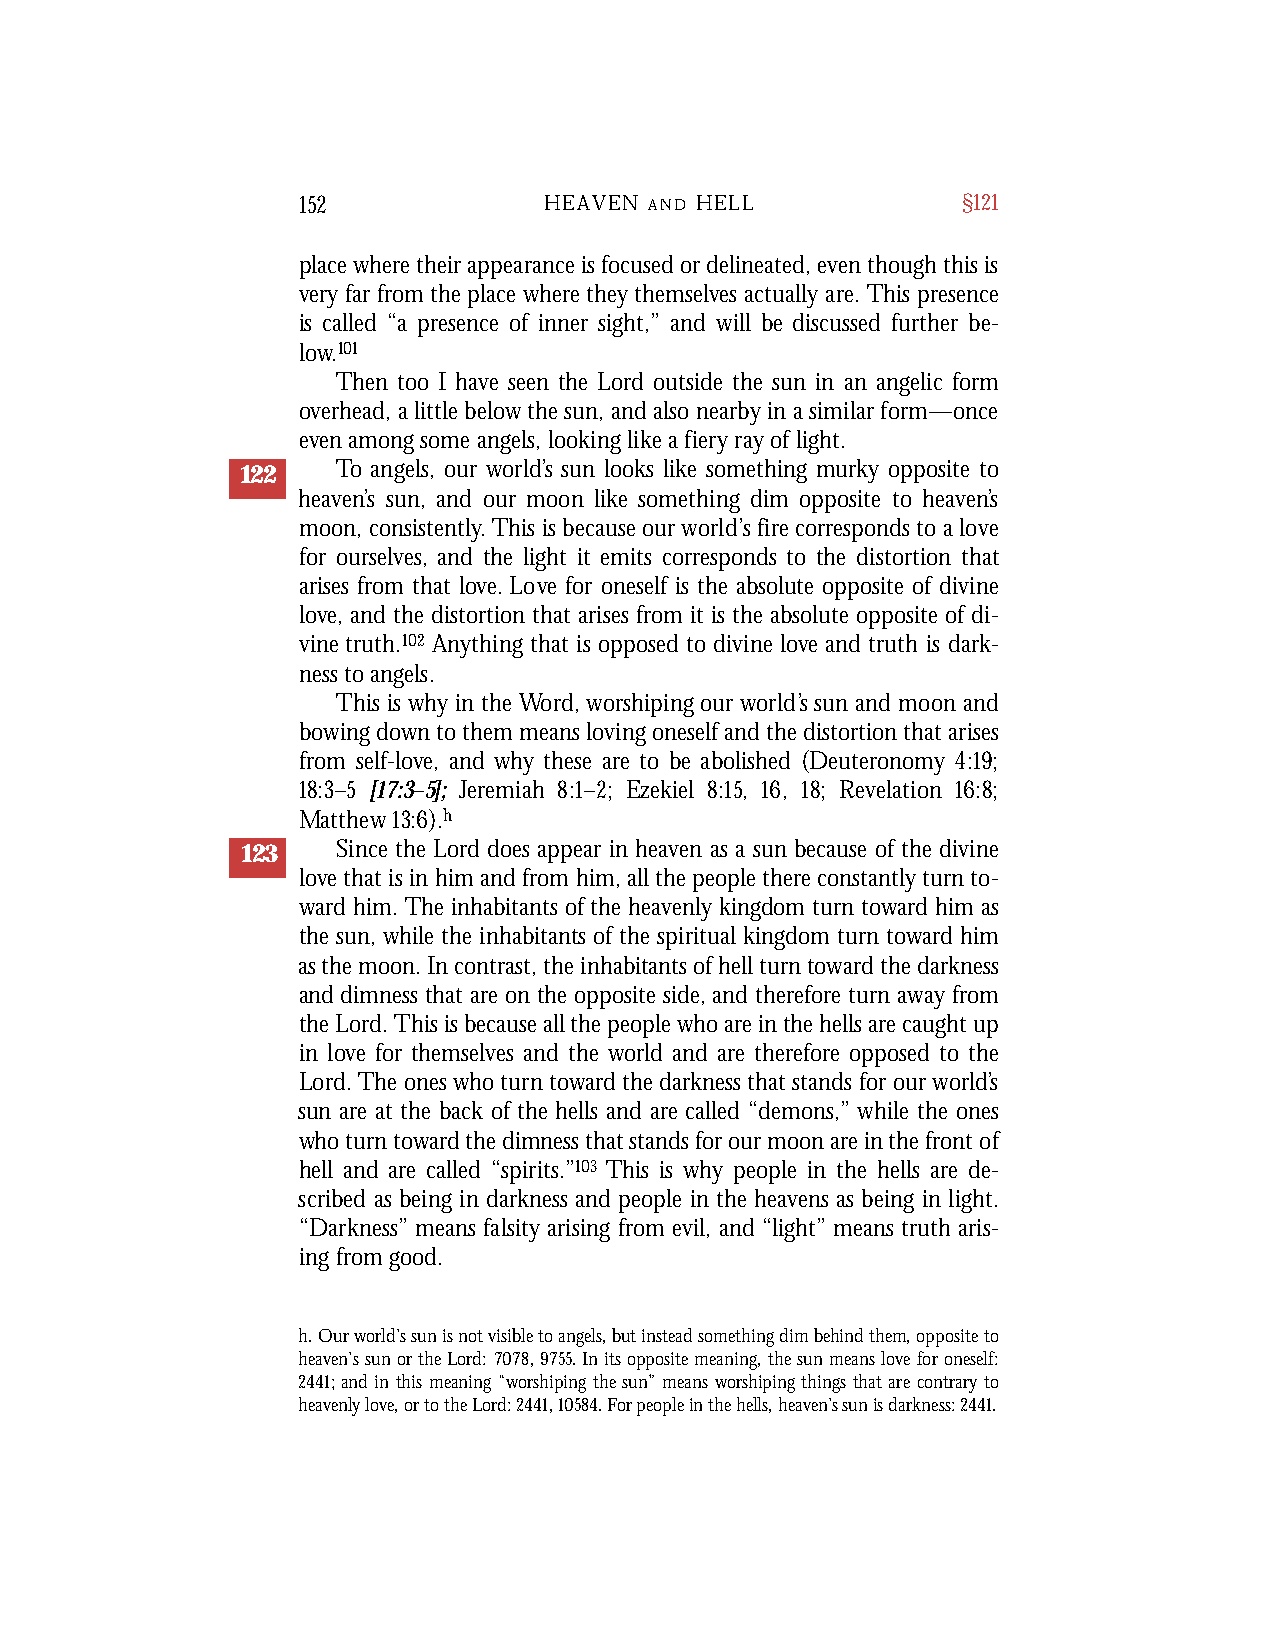
152             HEAVEN A N D H E L L        §121
 place where their appearance is focused or delineated, even though this is
 very far from the place where they themselves actually are. This presence
 is called “a presence of inner sight,” and will be discussed further be-
 low.101
 Then too I have seen the Lord outside the sun in an angelic form
 overhead, a little below the sun, and also nearby in a similar form—once
 even among some angels, looking like a fiery ray of light.
 122   To angels, our world’s sun looks like something murky opposite to
 heaven’s sun, and our moon like something dim opposite to heaven’s
 moon, consistently.This is because our world’s fire corresponds to a love
 for ourselves, and the light it emits corresponds to the distortion that
 arises from that love. Love for oneself is the absolute opposite of divine
 love, and the distortion that arises from it is the absolute opposite of di-
 vine truth.102 Anything that is opposed to divine love and truth is dark-
 ness to angels.
 This is why in the Word, worshiping our world’s sun and moon and
 bowing down to them means loving oneself and the distortion that arises
 from self-love, and why these are to be abolished (Deuteronomy 4:19;
 18:3–5 [17:3–5]; Jeremiah 8:1–2; Ezekiel 8:15, 16, 18; Revelation 16:8;
 Matthew 13:6).h
 123   Since the Lord does appear in heaven as a sun because of the divine
 love that is in him and from him, all the people there constantly turn to-
 ward him. The inhabitants of the heavenly kingdom turn toward him as
 the sun, while the inhabitants of the spiritual kingdom turn toward him
 as the moon. In contrast, the inhabitants of hell turn toward the darkness
 and dimness that are on the opposite side, and therefore turn away from
 the Lord. This is because all the people who are in the hells are caught up
 in love for themselves and the world and are therefore opposed to the
 Lord. The ones who turn toward the darkness that stands for our world’s
 sun are at the back of the hells and are called “demons,” while the ones
 who turn toward the dimness that stands for our moon are in the front of
 hell and are called “spirits.”103 This is why people in the hells are de-
 scribed as being in darkness and people in the heavens as being in light.
 “Darkness” means falsity arising from evil, and “light” means truth aris-
 ing from good.
 h. Our world’s sun is not visible to angels, but instead something dim behind them, opposite to
 heaven’s sun or the Lord: 7078,9755. In its opposite meaning, the sun means love for oneself:
 2441; and in this meaning “worshiping the sun” means worshiping things that are contrary to
 heavenly love, or to the Lord: 2441, 10584. For people in the hells, heaven’s sun is darkness: 2441.